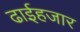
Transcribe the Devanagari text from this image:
ढाईहजार